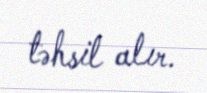
təhsil alır.